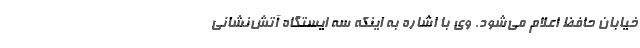
خیابان حافظ اعلام می‌شود. وی با اشاره به اینکه سه ایستگاه آتش‌نشانی